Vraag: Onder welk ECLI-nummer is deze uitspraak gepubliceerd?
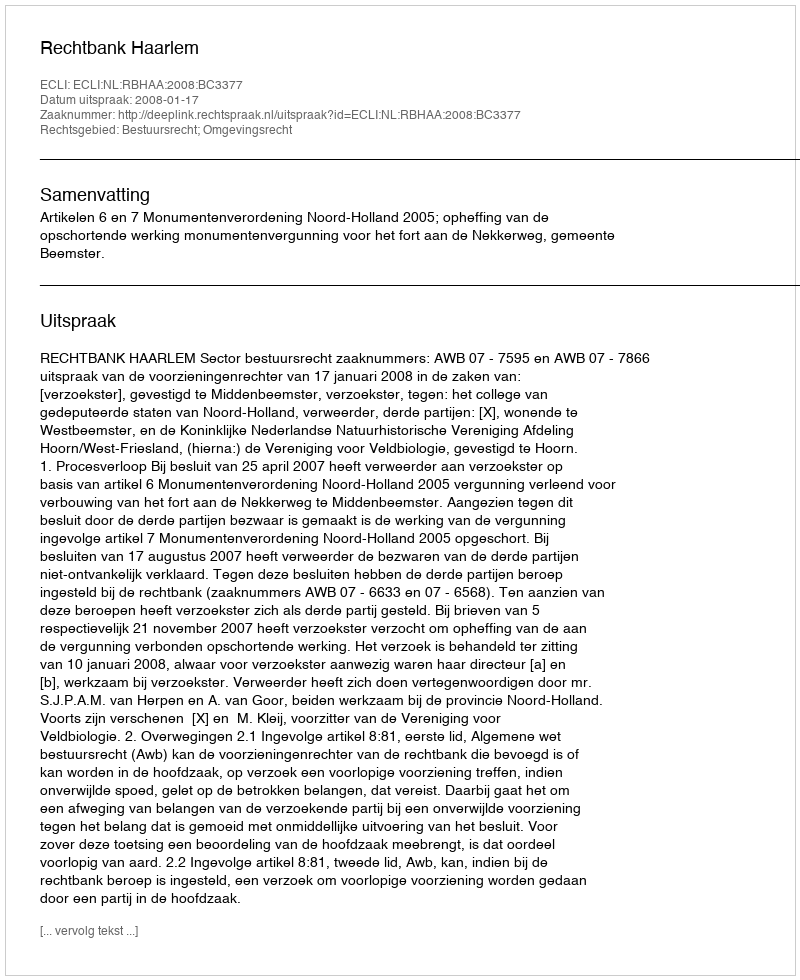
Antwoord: ECLI:NL:RBHAA:2008:BC3377